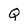
Character: Q